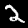
Digit: 2